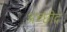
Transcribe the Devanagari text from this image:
अच्छीद